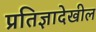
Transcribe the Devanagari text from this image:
प्रतिज्ञादेखील